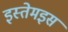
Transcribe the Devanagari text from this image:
इस्तेमइस